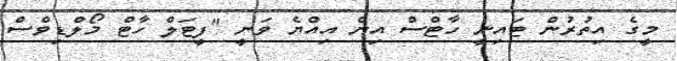
މީގެ އިތުރުން ޓައިނީ ހާޓްސް އިން އިއްޔެ ވަނީ "ފީޓަލް ހާޓް މޯލްޑިވްސް